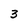
Character: 3